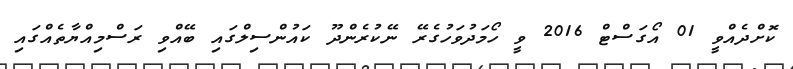
ކޮށްދެއްވީ 01 އޯގަސްޓް 2016 ވީ ހޯމަދުވަހުގެރޭ ނޭކުރެންދޫ ކައުންސިލްގައި ބޭއްވި ރަސްމިއްޔާތެއްގައި